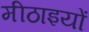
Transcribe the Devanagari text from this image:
मीठाइयों